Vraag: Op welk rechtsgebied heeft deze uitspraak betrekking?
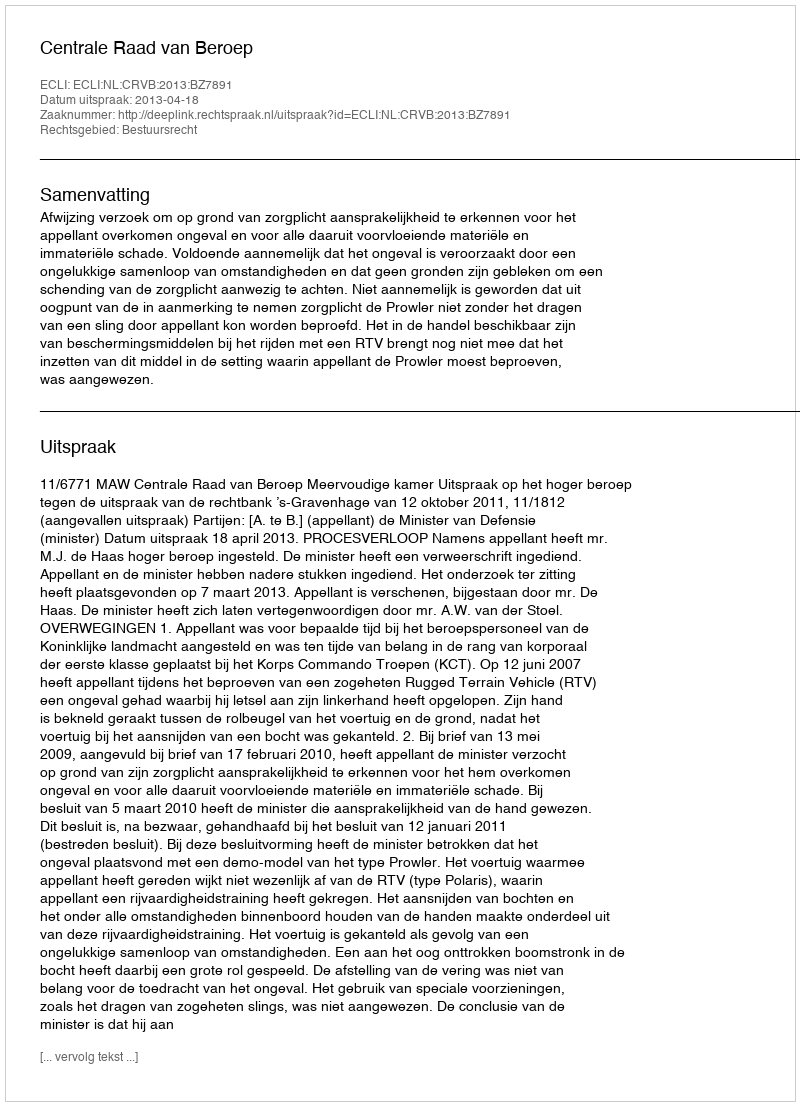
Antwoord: Bestuursrecht